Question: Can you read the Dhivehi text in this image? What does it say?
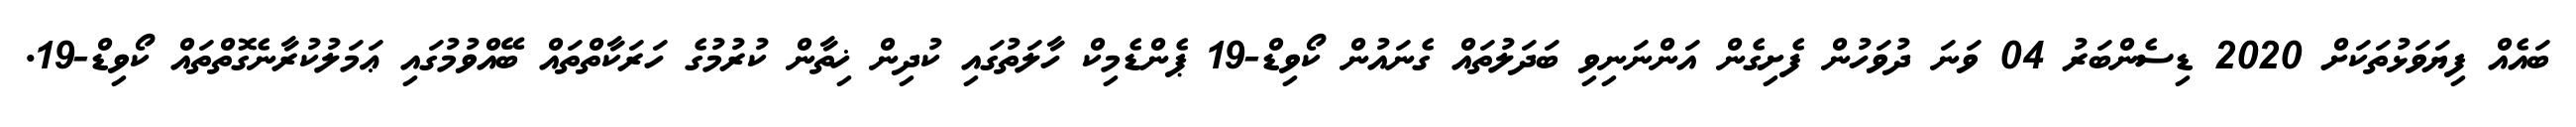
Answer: ބައެއް ފިޔަވަޅުތަކަށް 2020 ޑިސެންބަރު 04 ވަނަ ދުވަހުން ފެށިގެން އަންނަނިވި ބަދަލުތައް ގެނައުން ކޯވިޑް-19 ޕެންޑެމިކް ހާލަތުގައި ކުދިން ޚިތާން ކުރުމުގެ ހަރަކާތްތައް ބޭއްވުމުގައި ޢަމަލުކުރާނެގޮތްތައް ކޯވިޑް-19.